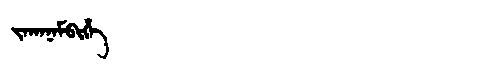
Manchu: ᠵᠠᡴᠠᠨᠠᠮᠪᡳᡥᡝ
Romanization: JAKANAMBIHE